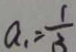
a _ { 1 } = \frac { 1 } { 3 }